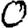
Digit: 0